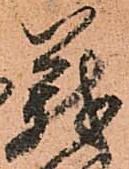
義